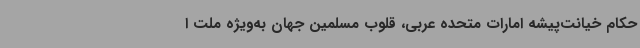
حکام خیانت‌پیشه امارات متحده عربی، قلوب مسلمین جهان به‌ویژه ملت ا